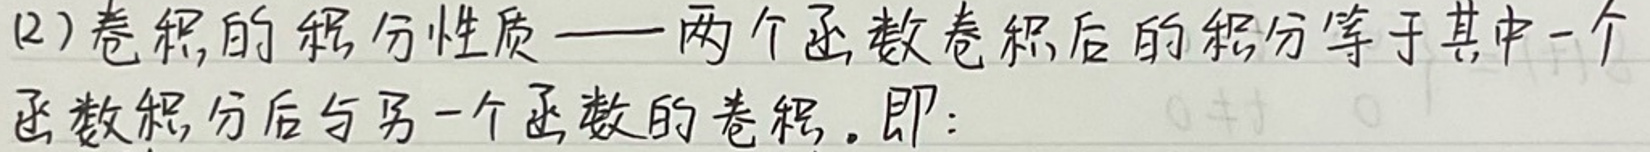
(2) 卷积的积分性质——两个函数卷积后的积分等于其中一个函数积分后与另一个函数的卷积. 即: